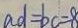
a d = b c = 8